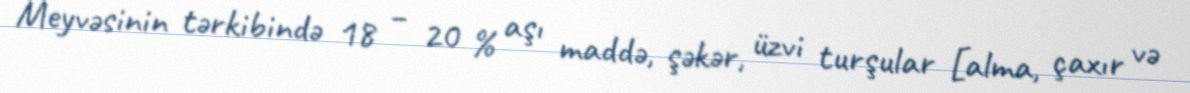
Meyvəsinin tərkibində 18 – 20 % aşı maddə, şəkər, üzvi turşular [alma, çaxır və